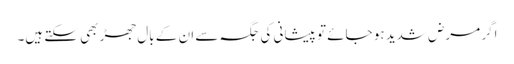
اگر مرض شدید ہو جائے تو پیشانی کی جگہ سے ان کے بال جھڑ بھی سکتے ہیں۔